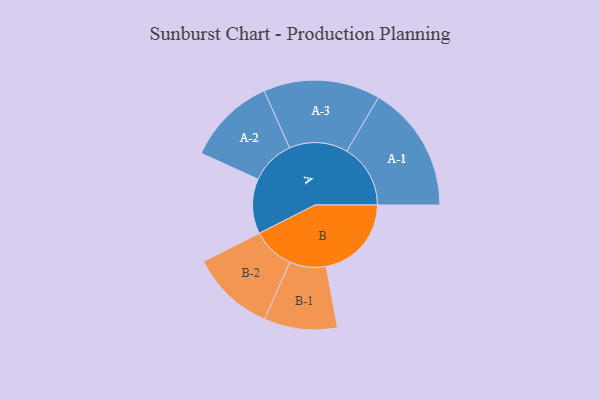
{"axis": {"x": "Segment", "y": "Value"}, "legend": ["", "A", "B"], "data": [{"x": "A", "y": 209, "type": ""}, {"x": "B", "y": 324, "type": ""}, {"x": "A-1", "y": 242, "type": "A"}, {"x": "A-2", "y": 169, "type": "A"}, {"x": "A-3", "y": 222, "type": "A"}, {"x": "B-1", "y": 139, "type": "B"}, {"x": "B-2", "y": 160, "type": "B"}]}